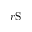
r \mathrm { S }